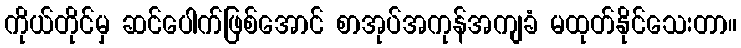
ကိုယ်တိုင်မှ ဆင်ပေါက်ဖြစ်အောင် စာအုပ်အကုန်အကျခံ မထုတ်နိုင်သေးတာ။